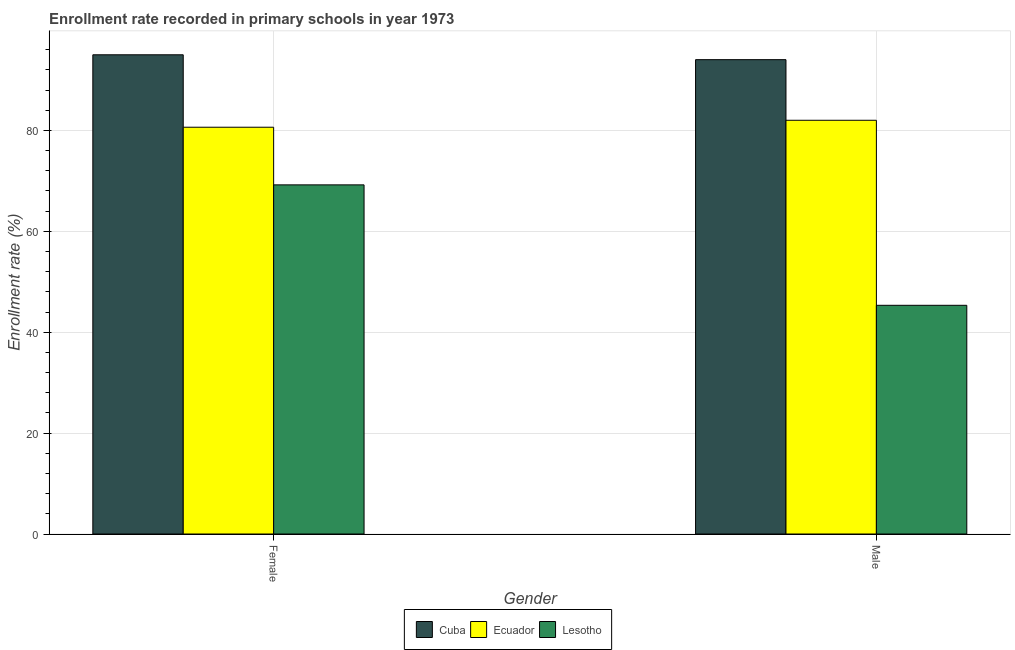
| Gender | Cuba | Ecuador | Lesotho |
 | --- | --- | --- | --- |
 | Female | 95 | 80.6 | 69.2 |
 | Male | 94 | 82 | 45.3 |